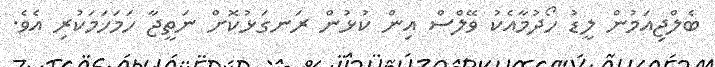
ބެލްޖިއަމުން ލީޑު ހޯދުމާއެކު ވޭލްސް އިން ކުޅުން ރަނގަޅުކޮށް ނަތީޖާ ހަމަހަމަކުރި އެވެ.